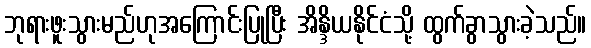
ဘုရားဖူးသွားမည်ဟုအကြောင်းပြုပြီး အိန္ဒိယနိုင်ငံသို့ ထွက်ခွာသွားခဲ့သည်။